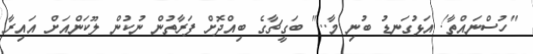
"ހުސްނައްތާ! އަޅުގަނޑު ބުނި މާ..." ބަގީޗާގެ ބިއްދޮށް ފަރާތުން ނުކުން ލޫކަންއަށް އައިރާ